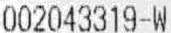
002043319-W